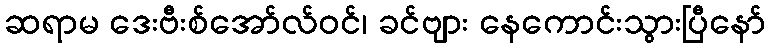
ဆရာမ ဒေးဗီးစ်အော်လ်ဝင်၊ ခင်ဗျား နေကောင်းသွားပြီနော်